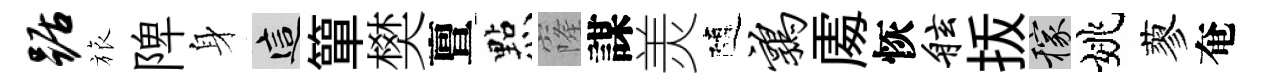
踞旅陴身這簞樊亶㸃窿謀羙隨鹑𠁅恢舷㧞稼姚蓼奄